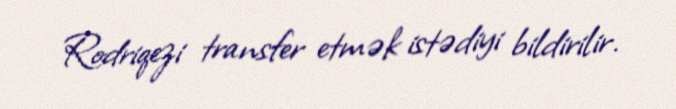
Rodriqezi transfer etmək istədiyi bildirilir.